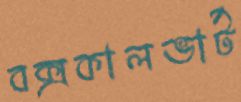
বক্সকালভার্ট